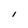
Character: I